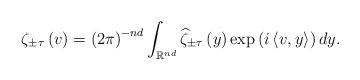
LaTeX: \begin{align*}\zeta_{\pm\tau}\left(v\right)=\left(2\pi\right)^{-nd}\int_{\mathbb{R}^{nd}}\widehat{\zeta}_{\pm\tau}\left(y\right)\exp\left(i\left\langle v,y\right\rangle \right)dy.\end{align*}